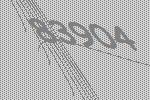
83904